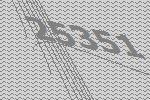
25351